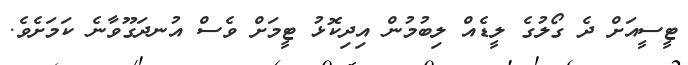
ޓީސީއަށް ދެ ގޯލުގެ ލީޑެއް ލިބުމުން އިދިކޮޅު ޓީމަށް ވެސް އުނދަގޫވާނެ ކަމަށެވެ.